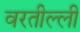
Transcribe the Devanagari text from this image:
वरतील्ली